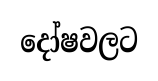
දෝෂවලට